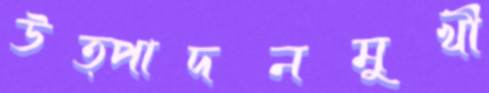
উত্পাদনমুখী